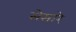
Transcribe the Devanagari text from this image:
सेसारे